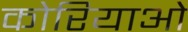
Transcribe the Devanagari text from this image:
कोरियाओ